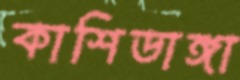
কাশিডাঙ্গা